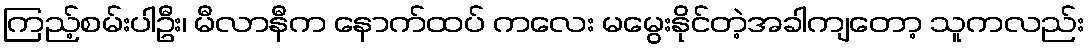
ကြည့်စမ်းပါဦး၊ မီလာနီက နောက်ထပ် ကလေး မမွေးနိုင်တဲ့အခါကျတော့ သူကလည်း